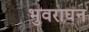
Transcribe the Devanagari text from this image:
भुवराघन